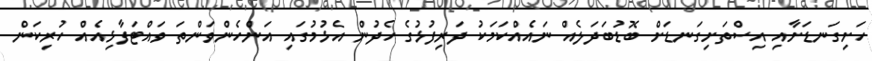
ހަށިގަނޑަށާއި އިސްތަށިގަނޑަށް ބޮޑުބަދަލެއް ނައެއްކަމަކު ދަރިފުޅުގެ ހެދުން އެޅުމުގައި އަންހެންވަންތަ ވައްޓަފާޅިއެއް ހުރިކަން